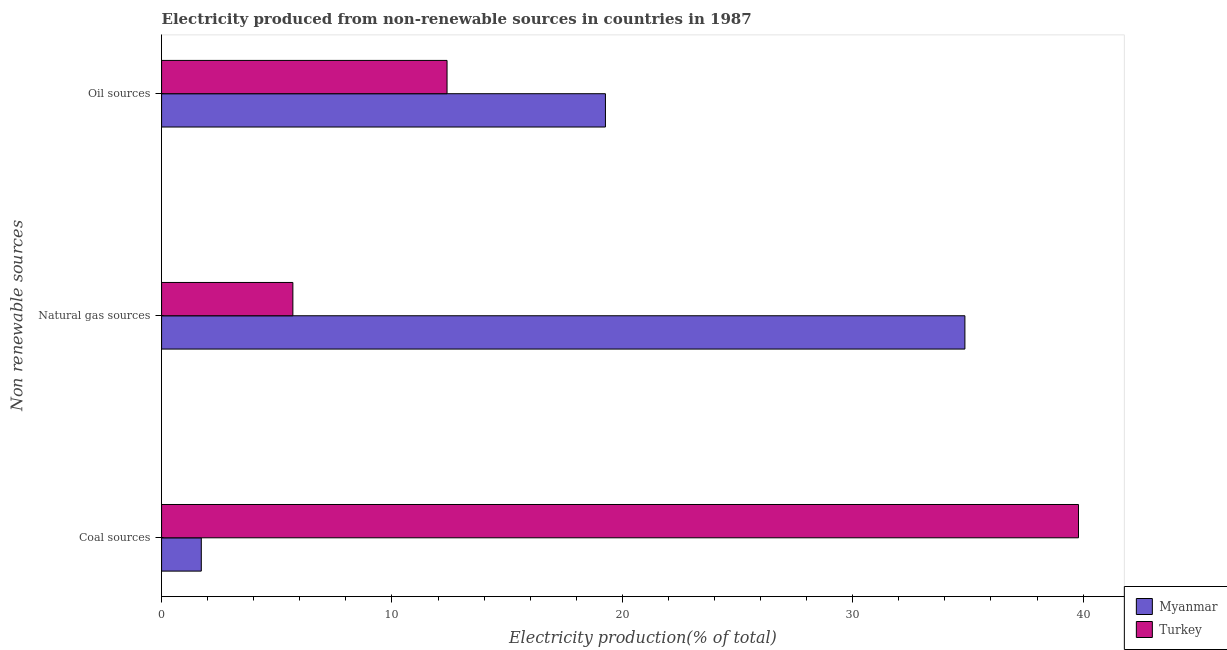
| Non renewable sources | Myanmar | Turkey |
 | --- | --- | --- |
 | Coal sources | 1.72 | 39.8 |
 | Natural gas sources | 34.9 | 5.7 |
 | Oil sources | 19.3 | 12.4 |